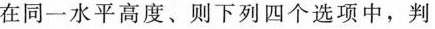
在同一水平高度、则下列四个选项中，判